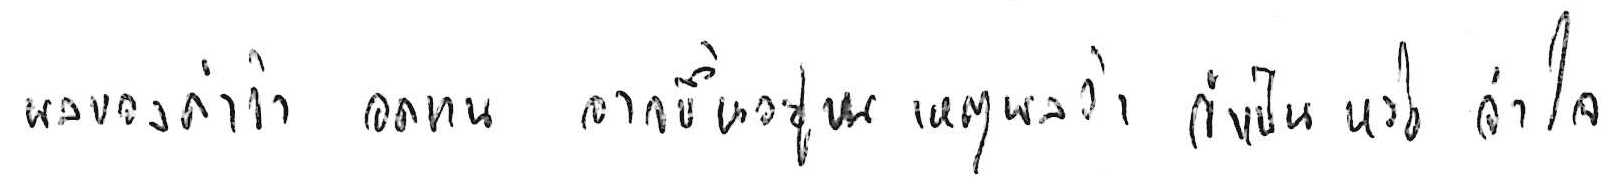
ผลของคำว่า อดทน อาจขึ้นอยู่บนเหตุผลว่า จำเป็น หรือ จำใจ